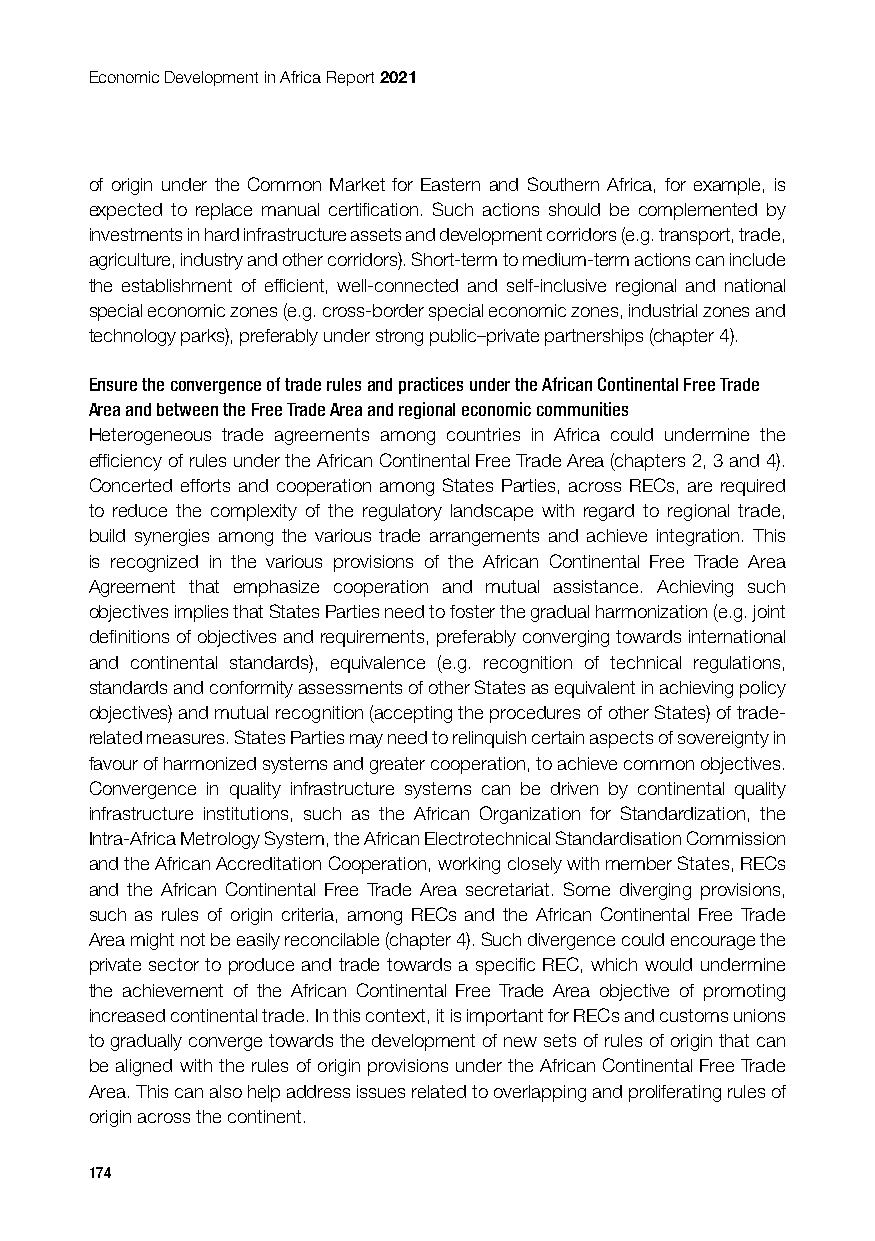
Economic Development in Africa Report 2021
 of origin under the Common Market for Eastern and Southern Africa, for example, is
 expected to replace manual certification. Such actions should be complemented by
 investments in hard infrastructure assets and development corridors (e.g. transport, trade,
 agriculture, industry and other corridors). Short-term to medium-term actions can include
 the establishment of efficient, well-connected and self-inclusive regional and national
 special economic zones (e.g. cross-border special economic zones, industrial zones and
 technology parks), preferably under strong public–private partnerships (chapter 4).
 Ensure the convergence of trade rules and practices under the African Continental Free Trade
 Area and between the Free Trade Area and regional economic communities
 Heterogeneous trade agreements among countries in Africa could undermine the
 efficiency of rules under the African Continental Free Trade Area (chapters 2, 3 and 4).
 Concerted efforts and cooperation among States Parties, across RECs, are required
 to reduce the complexity of the regulatory landscape with regard to regional trade,
 build synergies among the various trade arrangements and achieve integration. This
 is recognized in the various provisions of the African Continental Free Trade Area
 Agreement that emphasize cooperation and mutual assistance. Achieving such
 objectives implies that States Parties need to foster the gradual harmonization (e.g. joint
 definitions of objectives and requirements, preferably converging towards international
 and continental standards), equivalence (e.g. recognition of technical regulations,
 standards and conformity assessments of other States as equivalent in achieving policy
 objectives) and mutual recognition (accepting the procedures of other States) of trade-
 related measures. States Parties may need to relinquish certain aspects of sovereignty in
 favour of harmonized systems and greater cooperation, to achieve common objectives.
 Convergence in quality infrastructure systems can be driven by continental quality
 infrastructure institutions, such as the African Organization for Standardization, the
 Intra-Africa Metrology System, the African Electrotechnical Standardisation Commission
 and the African Accreditation Cooperation, working closely with member States, RECs
 and the African Continental Free Trade Area secretariat. Some diverging provisions,
 such as rules of origin criteria, among RECs and the African Continental Free Trade
 Area might not be easily reconcilable (chapter 4). Such divergence could encourage the
 private sector to produce and trade towards a specific REC, which would undermine
 the achievement of the African Continental Free Trade Area objective of promoting
 increased continental trade. In this context, it is important for RECs and customs unions
 to gradually converge towards the development of new sets of rules of origin that can
 be aligned with the rules of origin provisions under the African Continental Free Trade
 Area. This can also help address issues related to overlapping and proliferating rules of
 origin across the continent.
 174